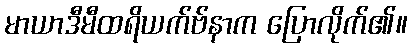
မာယာဒီမီထရိယက်ဗ်နာက ပြောလိုက်၏။